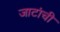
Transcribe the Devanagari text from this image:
जाटांची